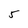
Character: 5